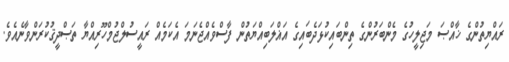
ރައްޔިތުންގެ ޚާއްޞަ މަޖިލީހުގެ މެންބަރުންގެ ތިންބައިކުޅަދެބައިގެ އަޣްލަބިއްޔަތުން ފާސްވެއްޖެނަމަ އެކަމެއް ރައީސުލްޖުމްހޫރިއްޔާ ތަޞްދީޤުކުރަންވާނެއެވެ.